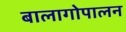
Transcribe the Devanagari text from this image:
बालागोपालन